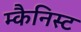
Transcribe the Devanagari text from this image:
म्कैनिस्ट